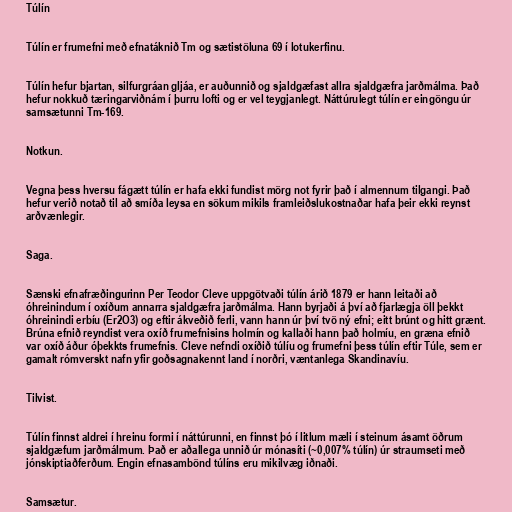
Túlín

Túlín er frumefni með efnatáknið Tm og sætistöluna 69 í lotukerfinu.

Túlín hefur bjartan, silfurgráan gljáa, er auðunnið og sjaldgæfast allra sjaldgæfra jarðmálma. Það
hefur nokkuð tæringarviðnám í þurru lofti og er vel teygjanlegt. Náttúrulegt túlín er eingöngu úr
samsætunni Tm-169.

Notkun.

Vegna þess hversu fágætt túlín er hafa ekki fundist mörg not fyrir það í almennum tilgangi. Það
hefur verið notað til að smíða leysa en sökum mikils framleiðslukostnaðar hafa þeir ekki reynst
arðvænlegir.

Saga.

Sænski efnafræðingurinn Per Teodor Cleve uppgötvaði túlín árið 1879 er hann leitaði að
óhreinindum í oxíðum annarra sjaldgæfra jarðmálma. Hann byrjaði á því að fjarlægja öll þekkt
óhreinindi erbíu (Er2O3) og eftir ákveðið ferli, vann hann úr því tvö ný efni; eitt brúnt og hitt grænt.
Brúna efnið reyndist vera oxíð frumefnisins holmín og kallaði hann það holmíu, en græna efnið
var oxíð áður óþekkts frumefnis. Cleve nefndi oxíðið túlíu og frumefni þess túlín eftir Túle, sem er
gamalt rómverskt nafn yfir goðsagnakennt land í norðri, væntanlega Skandinavíu.

Tilvist.

Túlín finnst aldrei í hreinu formi í náttúrunni, en finnst þó í litlum mæli í steinum ásamt öðrum
sjaldgæfum jarðmálmum. Það er aðallega unnið úr mónasíti (~0,007% túlín) úr straumseti með
jónskiptiaðferðum. Engin efnasambönd túlíns eru mikilvæg iðnaði.

Samsætur.